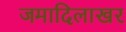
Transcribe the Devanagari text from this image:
जमादिलाखर